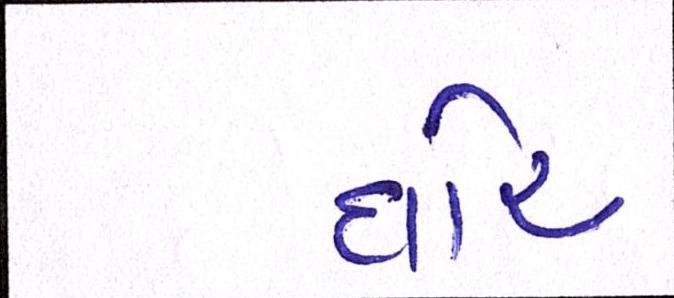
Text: ઘોર